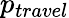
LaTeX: p_{travel}